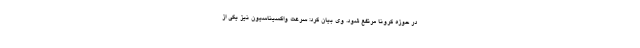
در حوزهٔ کرونا مرتفع شود. وی بیان کرد: سرعت واکسیناسیون نیز یکی از